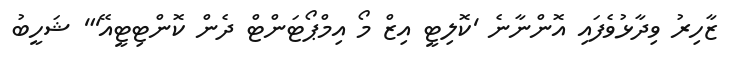
ޒާހިރު ވިދާޅުވެފައި އޮންނާނެ 'ކޮލިޓީ އިޒް މޯ އިމްޕޯޓަންޓް ދެން ކޮންޓިޓީއޭ'" ޝަހީބު